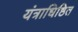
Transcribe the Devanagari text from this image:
यंत्राधिष्ठित